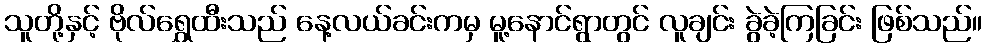
သူတို့နှင့် ဗိုလ်ရွှေထီးသည် နေ့လယ်ခင်းကမှ မူ့နောင်ရွာတွင် လူချင်း ခွဲခဲ့ကြခြင်း ဖြစ်သည်။